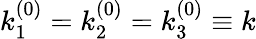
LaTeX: k_{1}^{(0)}=k_{2}^{(0)}=k_{3}^{(0)}\equiv k